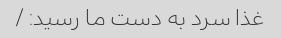
غذا سرد به دست ما رسید: /